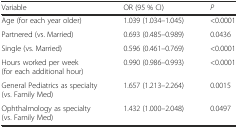
<table><thead><tr><td><b>Variable</b></td><td><b>OR (95 % CI)</b></td><td><b><i>P</i></b></td></tr></thead><tbody><tr><td>Age (for each year older)</td><td>1.039 (1.034–1.045)</td><td>&lt;0.0001</td></tr><tr><td>Partnered (vs. Married)</td><td>0.693 (0.485–0.989)</td><td>0.0436</td></tr><tr><td>Single (vs. Married)</td><td>0.596 (0.461–0.769)</td><td>&lt;0.0001</td></tr><tr><td>Hours worked per week (for each additional hour)</td><td>0.990 (0.986–0.993)</td><td>&lt;0.0001</td></tr><tr><td>General Pediatrics as specialty (vs. Family Med)</td><td>1.657 (1.213–2.264)</td><td>0.0015</td></tr><tr><td>Ophthalmology as specialty (vs. Family Med)</td><td>1.432 (1.000–2.048)</td><td>0.0497</td></tr></tbody></table>